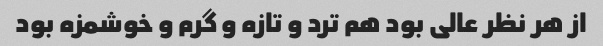
از هر نظر عالی بود هم ترد و تازه و گرم و خوشمزه بود